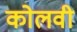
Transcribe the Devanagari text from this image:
कोलवी